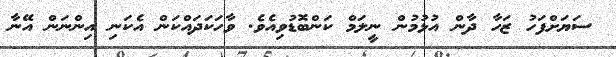
ސަޔަށްފަހު ޒަހާ ދާން އުޅުމުން ނީލަމް ކަންބޮޑުވިއެވެ. ވާހަކަދައްކަން އެކަނި އިންނަން އޭނާ